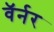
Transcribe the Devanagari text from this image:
वॅर्नर